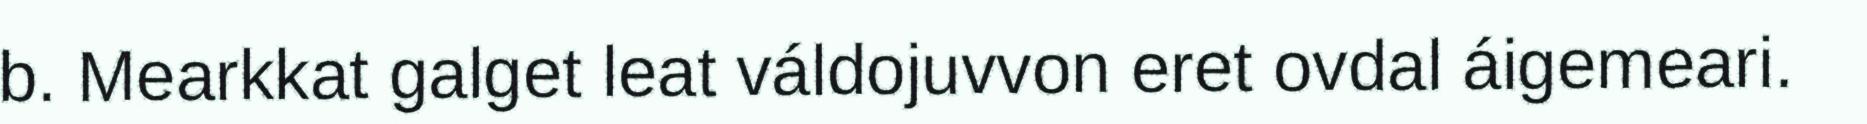
b. Mearkkat galget leat váldojuvvon eret ovdal áigemeari.